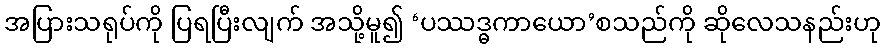
အပြားသရုပ်ကို ပြရပြီးလျက် အသို့မူ၍ ‘ပဿဒ္ဓကာယော’စသည်ကို ဆိုလေသနည်းဟု